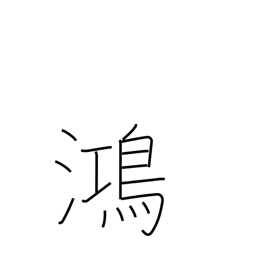
Meaning: prosperous